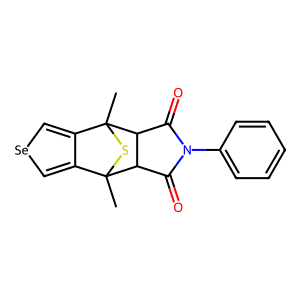
SMILES: CC12SC(C)(c3c[se]cc31)C1C(=O)N(c3ccccc3)C(=O)C12
Inhibits HIV replication: No